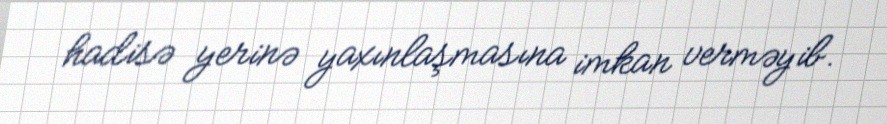
hadisə yerinə yaxınlaşmasına imkan verməyib.